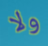
ولا